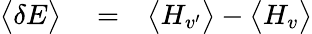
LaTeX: \begin{array}{rlr}{\big<\delta E\big>}&{{}=}&{\big<H_{v^{\prime}}\big>-\big<H_{v}\big>}\end{array}